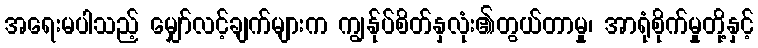
အရေးမပါသည့် မျှော်လင့်ချက်များက ကျွန်ုပ်စိတ်နှလုံး၏တွယ်တာမှု၊ အာရုံစိုက်မှုတို့နှင့်